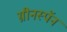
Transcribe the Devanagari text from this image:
ग्रीनस्पॅन